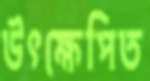
উৎক্ষেপিত